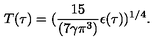
T ( \tau ) = ( { \frac { 1 5 } { ( 7 \gamma \pi ^ { 3 } ) } } { \epsilon ( \tau ) } ) ^ { 1 / 4 } .